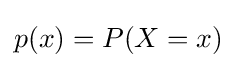
p(x)=P(X=x)